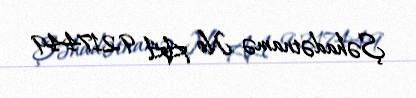
Şəhadətnamə № AA 9217449